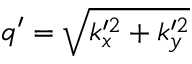
q ^ { \prime } = \sqrt { k _ { x } ^ { \prime 2 } + k _ { y } ^ { \prime 2 } }